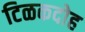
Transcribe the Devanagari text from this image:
टिळकदोह